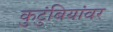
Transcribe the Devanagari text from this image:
कुटुंबियांवर